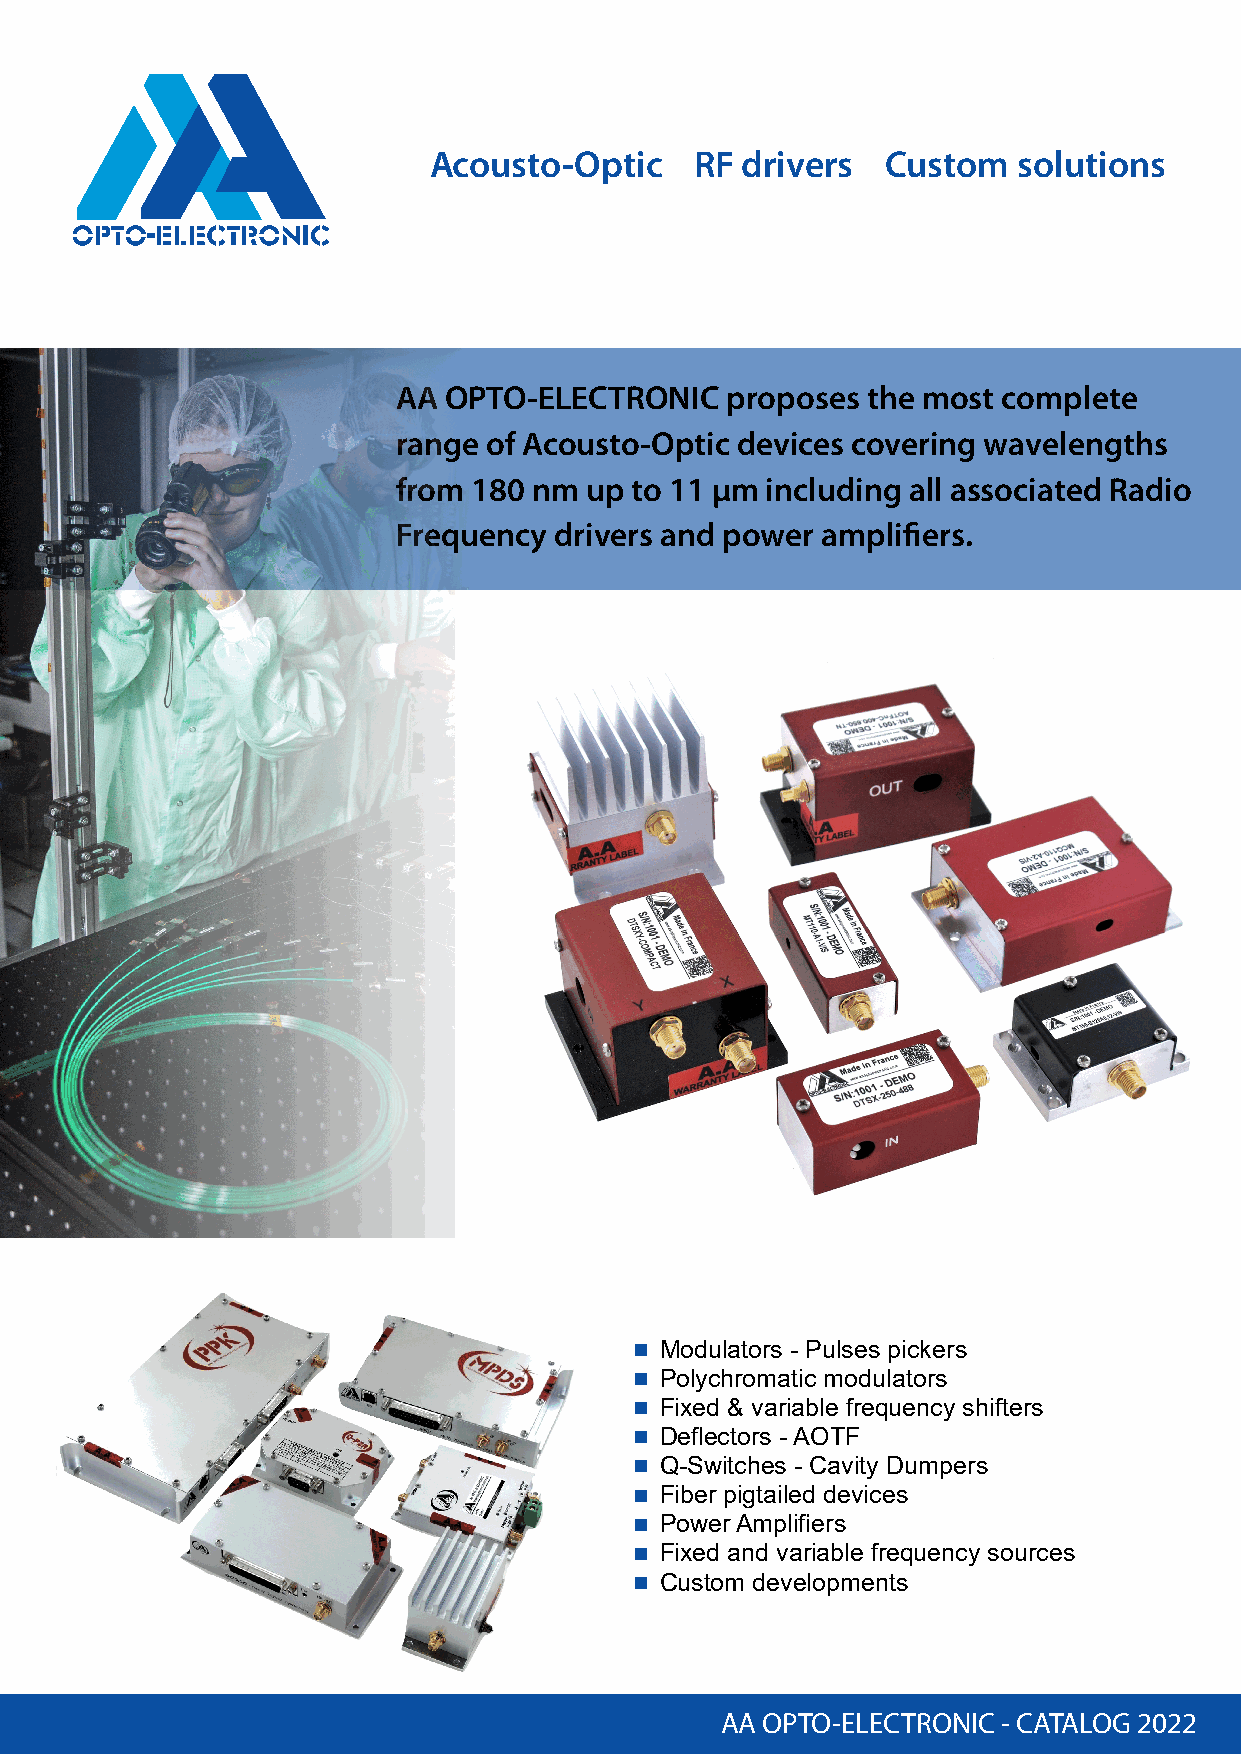
Acousto-Optic     RF drivers   Custom  solutions
 AA OPTO-ELECTRONIC    proposes the most complete
 range of Acousto-Optic devices covering wavelengths
 from 180 nm  up to 11 µm including all associated Radio
 Frequency  drivers and power amplifiers.
 Modulators - Pulses pickers
 Polychromatic modulators
 Fixed & variable frequency shifters
 Deflectors - AOTF
 Q-Switches - Cavity Dumpers
 Fiber pigtailed devices
 Power Amplifiers
 Fixed and variable frequency sources
 Custom developments
 AA OPTO-ELECTRONIC - CATALOG 2022